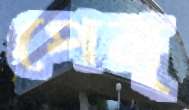
পেন্